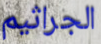
الجراثيم